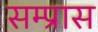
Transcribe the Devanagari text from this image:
सम्प्रास